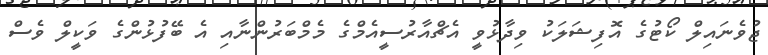
ޖުވެނައިލް ކޯޓުގެ އޮފިޝަލަކު ވިދާޅުވީ އެޗްއާރުސީއެމްގެ މެމްބަރުންނާއި އެ ބޭފުޅުންގެ ވަކީލް ވެސް